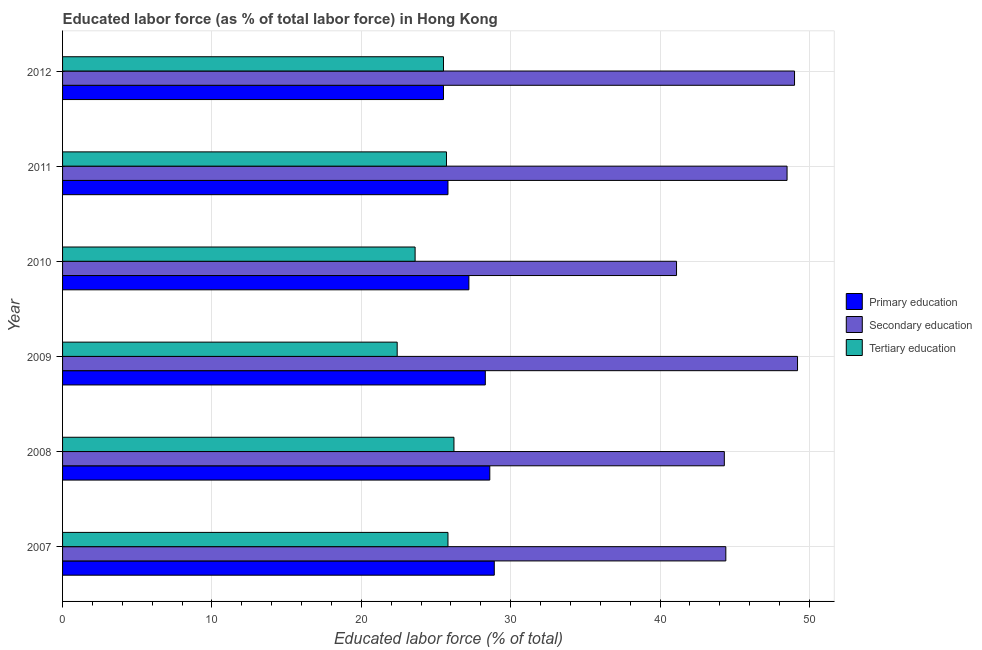
| Year | Primary education | Secondary education | Tertiary education |
 | --- | --- | --- | --- |
 | 2007 | 28.9 | 44.4 | 25.8 |
 | 2008 | 28.6 | 44.3 | 26.2 |
 | 2009 | 28.3 | 49.2 | 22.4 |
 | 2010 | 27.2 | 41.1 | 23.6 |
 | 2011 | 25.8 | 48.5 | 25.7 |
 | 2012 | 25.5 | 49 | 25.5 |